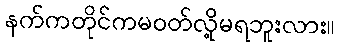
နက်ကတိုင်ကမဝတ်လို့မရဘူးလား။